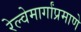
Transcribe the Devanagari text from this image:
रेल्वेमार्गांप्रमाणे